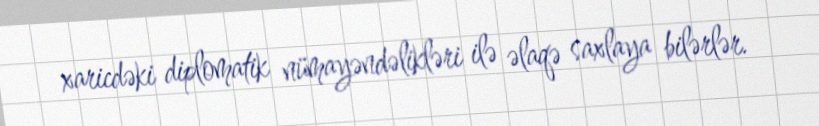
xaricdəki diplomatik nümayəndəlikləri ilə əlaqə saxlaya bilərlər.